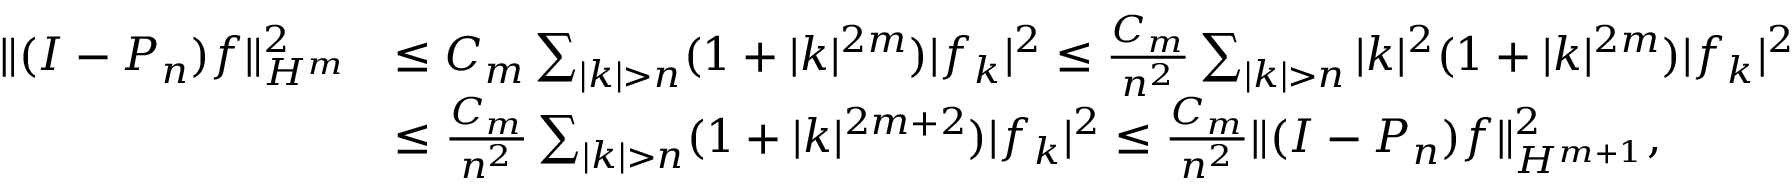
\begin{array} { r l } { \| ( I - P _ { n } ) f \| _ { H ^ { m } } ^ { 2 } } & { \leq C _ { m } \sum _ { | \boldsymbol { k } | > n } ( 1 + | \boldsymbol { k } | ^ { 2 m } ) | f _ { \boldsymbol { k } } | ^ { 2 } \leq \frac { C _ { m } } { n ^ { 2 } } \sum _ { | \boldsymbol { k } | > n } | \boldsymbol { k } | ^ { 2 } ( 1 + | \boldsymbol { k } | ^ { 2 m } ) | f _ { \boldsymbol { k } } | ^ { 2 } } \\ & { \leq \frac { C _ { m } } { n ^ { 2 } } \sum _ { | \boldsymbol { k } | > n } ( 1 + | \boldsymbol { k } | ^ { 2 m + 2 } ) | f _ { \boldsymbol { k } } | ^ { 2 } \leq \frac { C _ { m } } { n ^ { 2 } } \| ( I - P _ { n } ) f \| _ { H ^ { m + 1 } } ^ { 2 } , } \end{array}